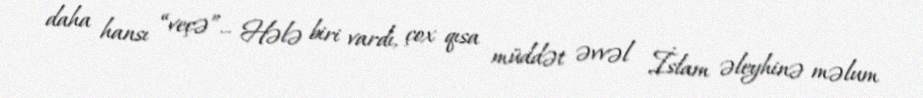
daha hansı “veçə”... Hələ biri vardı, çox qısa müddət əvvəl İslam əleyhinə məlum